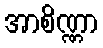
အာစိဏ္ဏာ